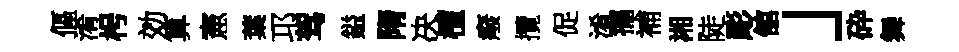
傴淆枵効算憲葉邛驾鎰隋决檀癈攬促淆擺補湘陡彫舘」砕舞